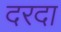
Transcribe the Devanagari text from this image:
दरदा